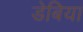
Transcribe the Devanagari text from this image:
डेबिया